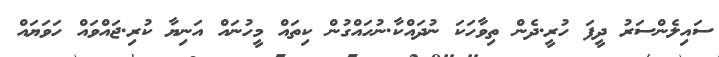
ސައިލެންސަރު ދީފަ ހުރީ.ދެން ތިވާހަކަ ނުދައްކާ.ނުހައްގުން ކިތައް މީހުނައް އަނިޔާ ކުރި.ޖައްވައް ހަވަޔައް